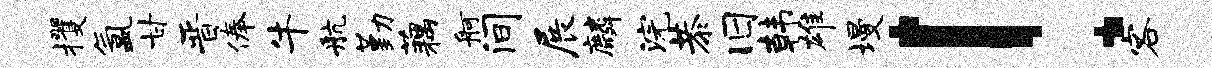
攫氲甘晋俸牛航勤藕舸间展麟浣恭旧韩雄墁！客